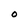
Character: O